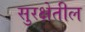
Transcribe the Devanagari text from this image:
सुरक्षेतील